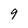
Character: 9